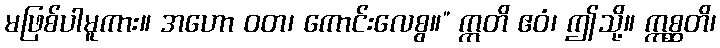
မဖြစ်ပါမူကား။ အဟော ဝတ၊ ကောင်းလေစွ။” ဣတိ ဧဝံ၊ ဤသို့။ ဣစ္ဆတိ၊